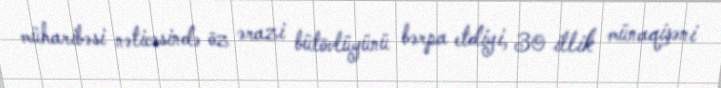
müharibəsi nəticəsində öz ərazi bütövlüyünü bərpa etdiyi, 30 illik münaqişəni